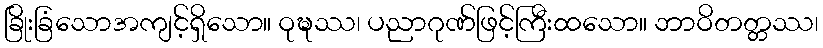
ခြိုးခြံသောအကျင့်ရှိသော။ ဝုဍ္ဎဿ၊ ပညာဂုဏ်ဖြင့်ကြီးထသော။ ဘာဝိတတ္တဿ၊